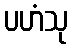
ပဟံသု